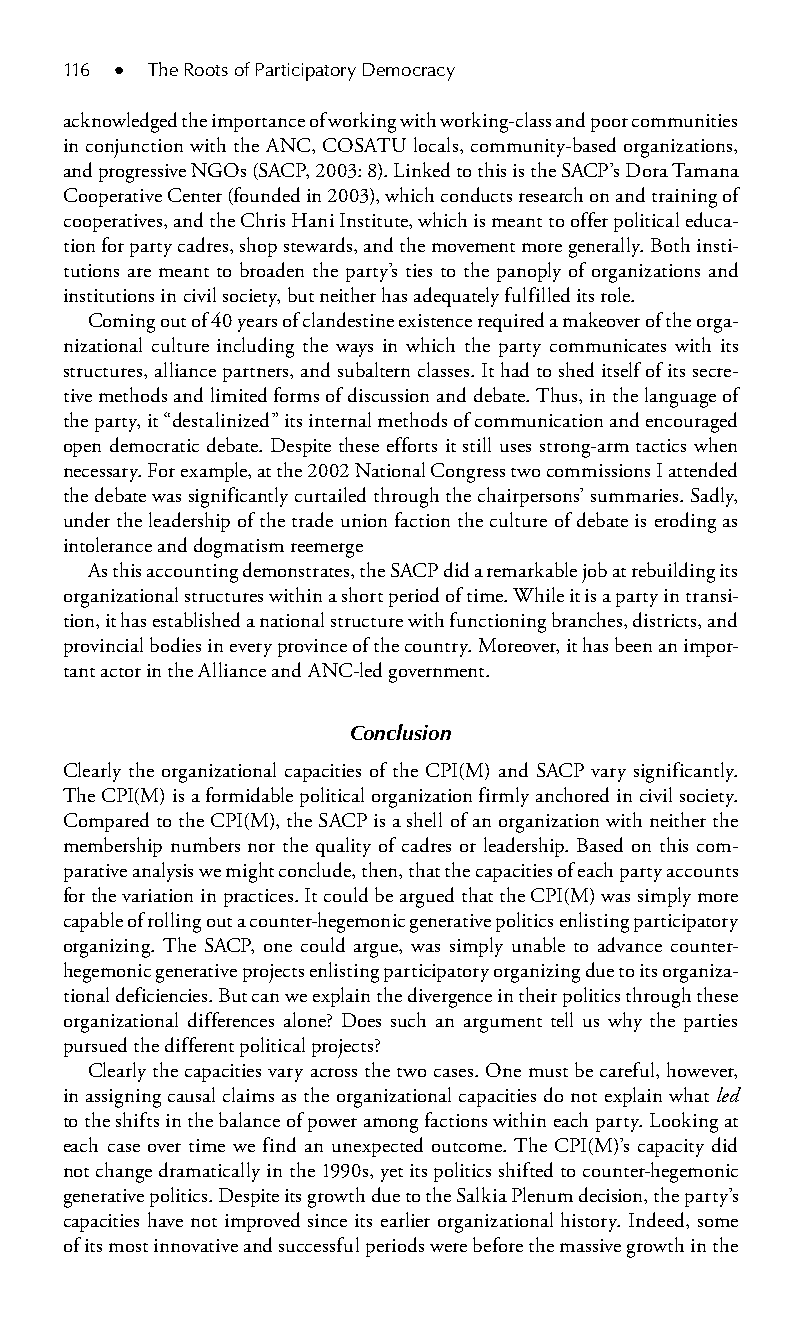
116 ● The Roots of Participatory Democracy
 acknowledged the importance of working with working-class and poor communities
 in conjunction with the ANC, COSATU locals, community-based organizations,
 and progressive NGOs (SACP, 2003: 8). Linked to this is the SACP’s Dora Tamana
 Cooperative Center (founded in 2003), which conducts research on and training of
 cooperatives, and the Chris Hani Institute, which is meant to offer political educa-
 tion for party cadres, shop stewards, and the movement more generally. Both insti-
 tutions are meant to broaden the party’s ties to the panoply of organizations and
 institutions in civil society, but neither has adequately fulfilled its role.
 Coming out of 40 years of clandestine existence required a makeover of the orga-
 nizational culture including the ways in which the party communicates with its
 structures, alliance partners, and subaltern classes. It had to shed itself of its secre-
 tive methods and limited forms of discussion and debate. Thus, in the language of
 the party, it “destalinized” its internal methods of communication and encouraged
 open democratic debate. Despite these efforts it still uses strong-arm tactics when
 necessary. For example, at the 2002 National Congress two commissions I attended
 the debate was significantly curtailed through the chairpersons’ summaries. Sadly,
 under the leadership of the trade union faction the culture of debate is eroding as
 intolerance and dogmatism reemerge
 As this accounting demonstrates, the SACP did a remarkable job at rebuilding its
 organizational structures within a short period of time. While it is a party in transi-
 tion, it has established a national structure with functioning branches, districts, and
 provincial bodies in every province of the country. Moreover, it has been an impor-
 tant actor in the Alliance and ANC-led government.
 Conclusion
 Clearly the organizational capacities of the CPI(M) and SACP vary significantly.
 The CPI(M) is a formidable political organization firmly anchored in civil society.
 Compared to the CPI(M), the SACP is a shell of an organization with neither the
 membership numbers nor the quality of cadres or leadership. Based on this com-
 parative analysis we might conclude, then, that the capacities of each party accounts
 for the variation in practices. It could be argued that the CPI(M) was simply more
 capable of rolling out a counter-hegemonic generative politics enlisting participatory
 organizing. The SACP, one could argue, was simply unable to advance counter-
 hegemonic generative projects enlisting participatory organizing due to its organiza-
 tional deficiencies. But can we explain the divergence in their politics through these
 organizational differences alone? Does such an argument tell us why the parties
 pursued the different political projects?
 Clearly the capacities vary across the two cases. One must be careful, however,
 in assigning causal claims as the organizational capacities do not explain what led
 to the shifts in the balance of power among factions within each party. Looking at
 each case over time we find an unexpected outcome. The CPI(M)’s capacity did
 not change dramatically in the 1990s, yet its politics shifted to counter-hegemonic
 generative politics. Despite its growth due to the Salkia Plenum decision, the party’s
 capacities have not improved since its earlier organizational history. Indeed, some
 of its most innovative and successful periods were before the massive growth in the
 99778800223300660066440011ttss0088..iinndddd 111166 33//2277//22000088 33::3399::3366 PPMM